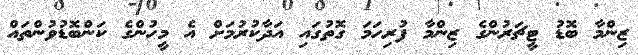
ޒިންމާ ބޮޑު ޓީޗަރުންގެ ޒިންމާ ފުރިހަމަ ގޮތުގައި އަދާކުރުމަށް އެ މީހުންގެ ކަންބޮޑުވުންތައް